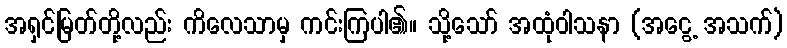
အရှင်မြတ်တို့လည်း ကိလေသာမှ ကင်းကြပါ၏။ သို့သော် အထုံဝါသနာ (အငွေ့ အသက်)